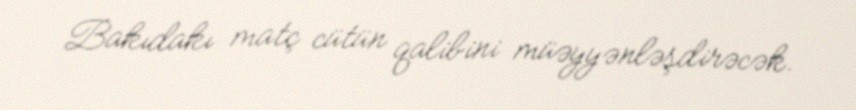
Bakıdakı matç cütün qalibini müəyyənləşdirəcək.